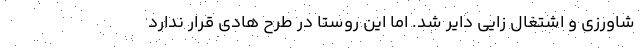
شاورزی و اشتغال زایی دایر شد. اما این روستا در طرح هادی قرار ندارد